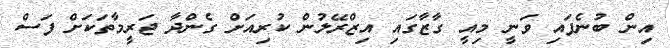
އިން ބުނެފައި ވަނީ މިއީ ގާޒާގައި އިޒްރޭލުން ކުރިއަށް ގެންދާ ޖަރީމާތަކަށް ފަސް